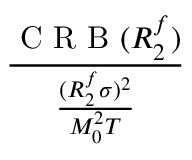
\frac { \mathrm { ~ C ~ R ~ B ~ } ( R _ { 2 } ^ { f } ) } { \frac { ( R _ { 2 } ^ { f } \sigma ) ^ { 2 } } { M _ { 0 } ^ { 2 } T } }